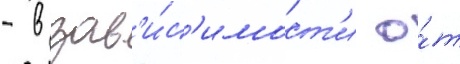
- в зав'и́с'имост'и о́т